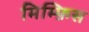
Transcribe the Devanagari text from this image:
मिम्फ़िस